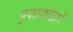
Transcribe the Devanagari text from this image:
पुस्तकांद्वारे